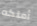
أملكه